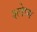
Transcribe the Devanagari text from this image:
श्‍लेष्म